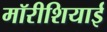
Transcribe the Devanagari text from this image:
मॉरीशियाई